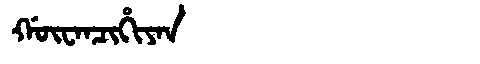
Manchu: ᡤᡡᠸᠠᠨᠴᡳᡥᡳᠶᠠᠨ
Romanization: GŪWANCIHIYAN